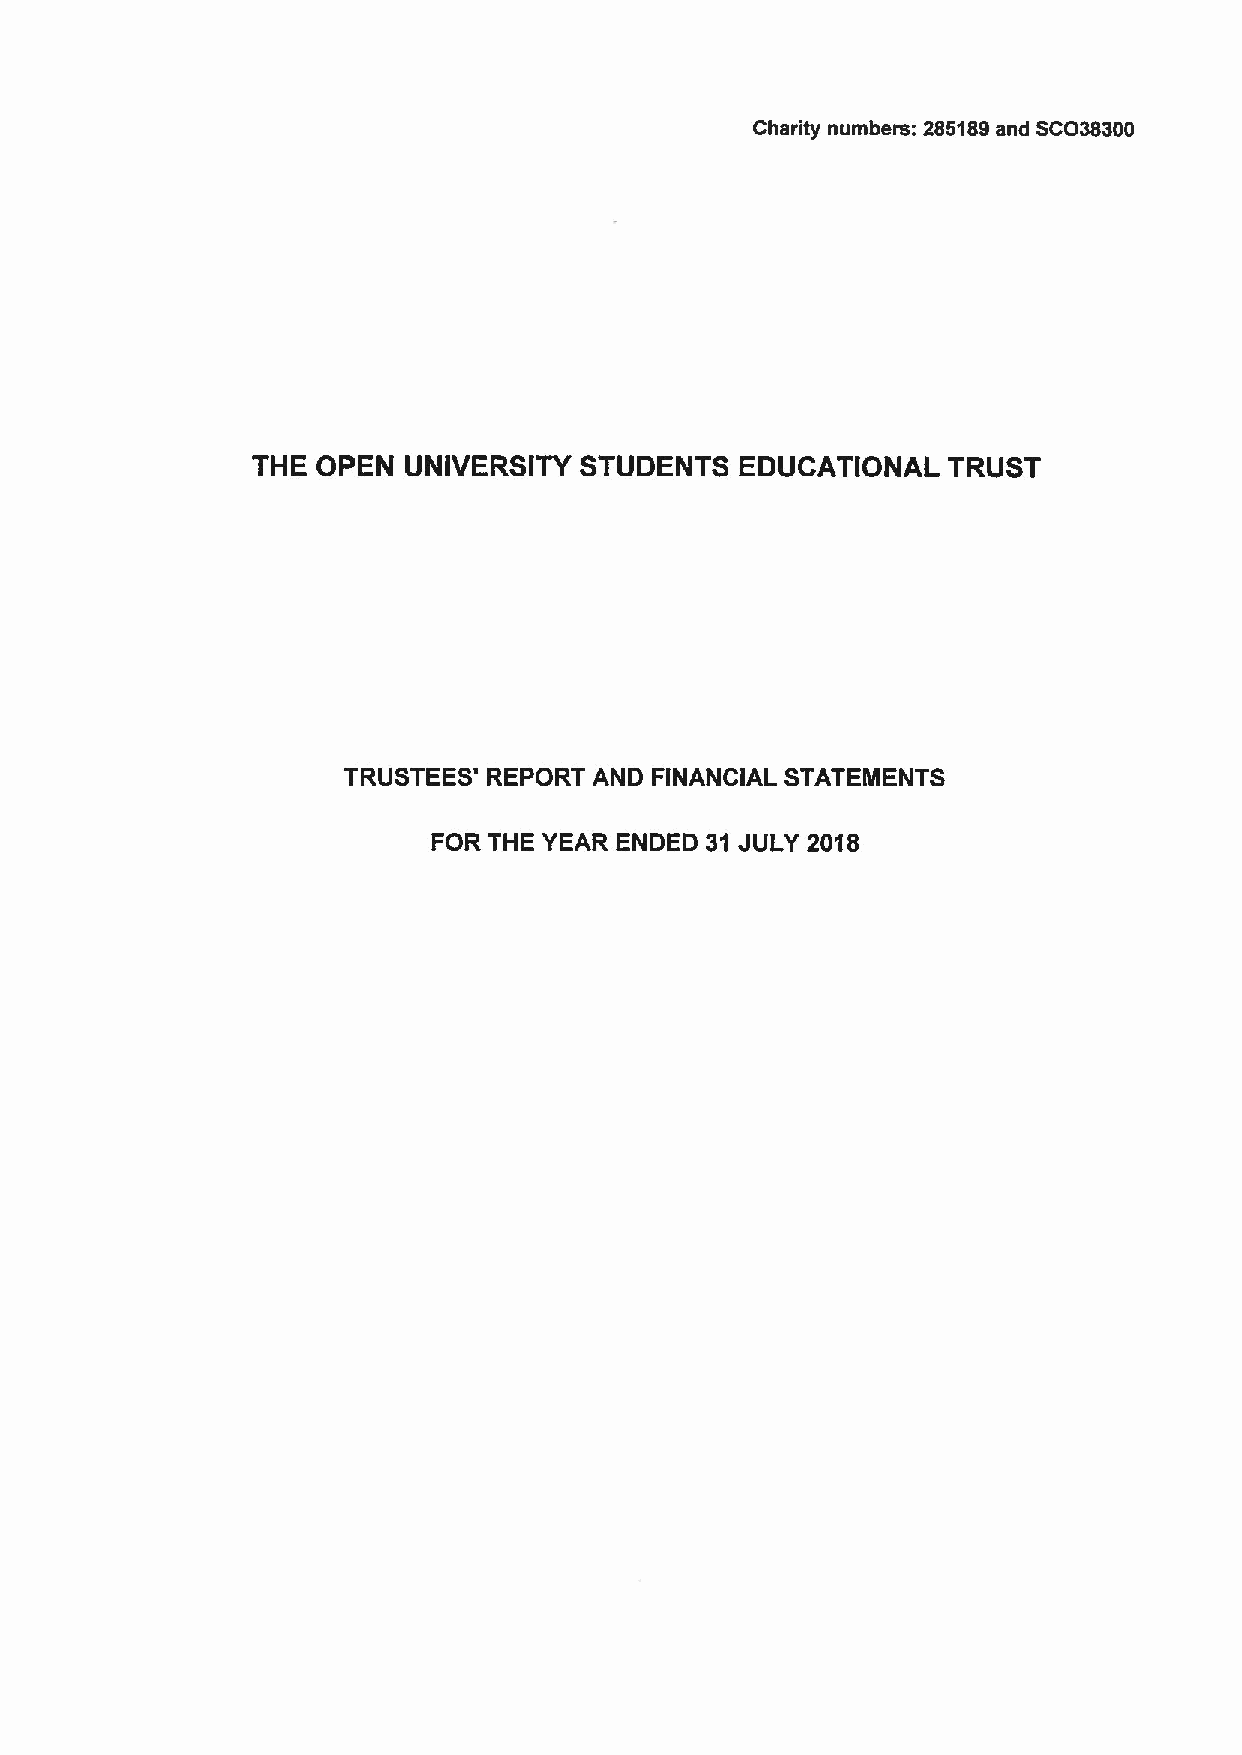
Charity numbers: 285189and SCO38300
 THE OPEN  UNIVERSITY STUDENTS   EDUCATIONAL   TRUST
 TRUSTEES' REPORT AND FINANCIAL STATEMENTS
 FOR THE YEAR ENDED 31JULY 2018